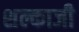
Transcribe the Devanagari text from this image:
शल्काजी